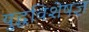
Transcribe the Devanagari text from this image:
युद्धविशेषज्ञ